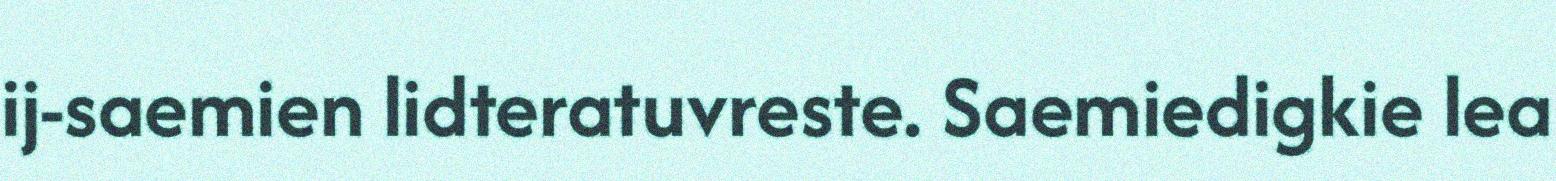
ij-saemien lidteratuvreste. Saemiedigkie lea